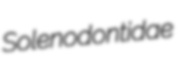
Solenodontidae